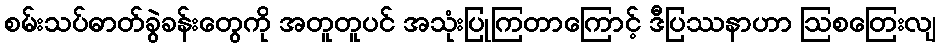
စမ်းသပ်ဓာတ်ခွဲခန်းတွေကို အတူတူပင် အသုံးပြုကြတာကြောင့် ဒီပြဿနာဟာ ဩစတြေးလျ